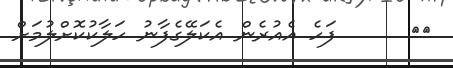
٩٨      ފަހެ އެއުރެން އެކަލޭގެފާނު ހަލާކުކޮށްލުމަށް